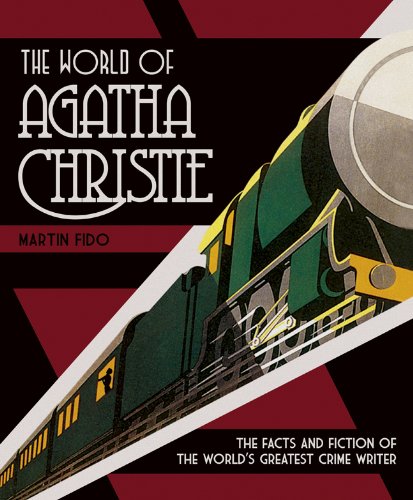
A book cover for The World of Agatha Christie: The Facts and Fiction of the World's Greatest Crime Writer; Martin Fido; Mystery, Thriller & Suspense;